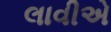
લાવીએ